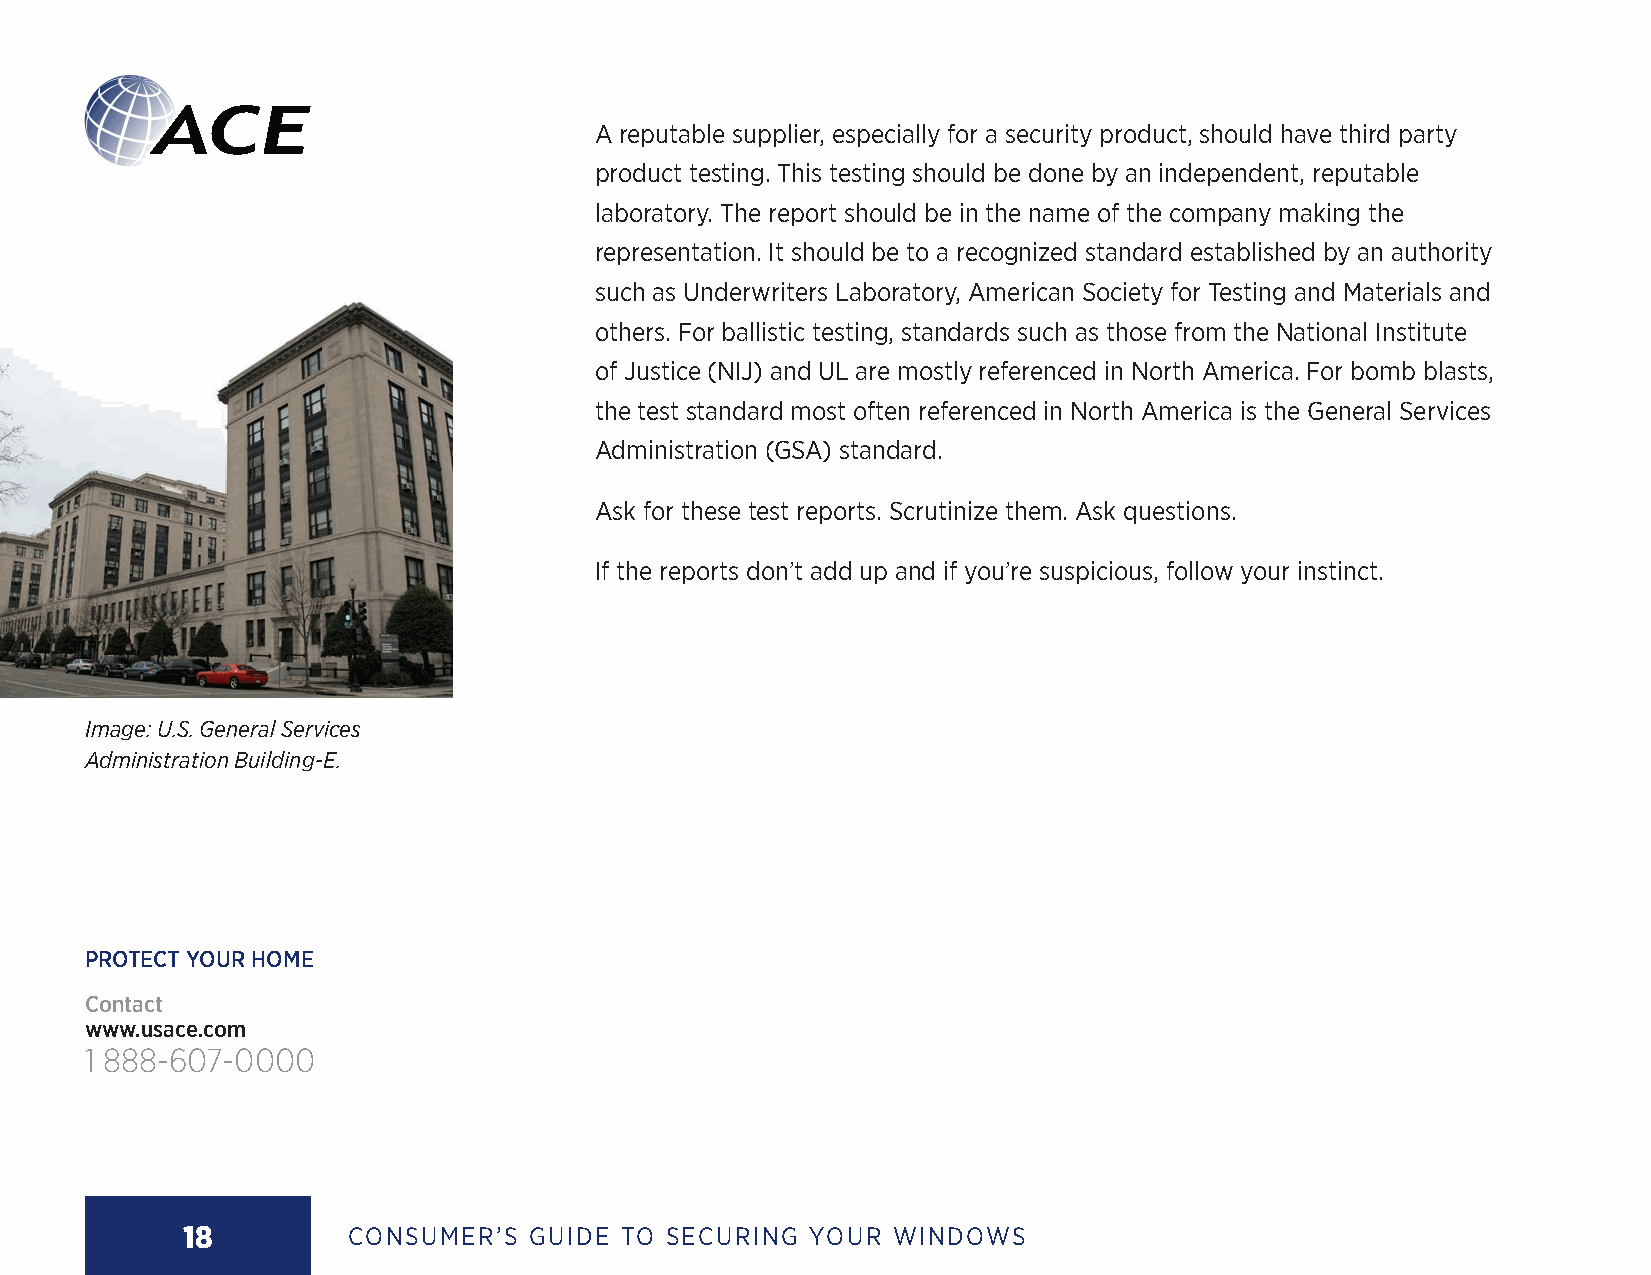
A reputable supplier, especially for a security product, should have third party
 product testing. This testing should be done by an independent, reputable
 laboratory. The report should be in the name of the company making the
 representation. It should be to a recognized standard established by an authority
 such as Underwriters Laboratory, American Society for Testing and Materials and
 others. For ballistic testing, standards such as those from the National Institute
 of Justice (NIJ) and UL are mostly referenced in North America. For bomb blasts,
 the test standard most often referenced in North America is the General Services
 Administration (GSA) standard.
 Ask for these test reports. Scrutinize them. Ask questions.
 If the reports don’t add up and if you’re suspicious, follow your instinct.
 Image: U.S. General Services
 Administration Building-E.
 PROTECT YOUR HOME
 Contact
 www.usace.com
 1 888-607-0000
 18         CONSUMER’S  GUIDE TO SECURING YOUR  WINDOWS